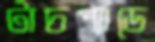
টাচপ্যাডে